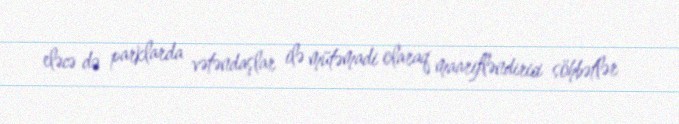
eləcə də parklarda vətəndaşlar ilə mütəmadi olaraq maarifləndirici söhbətlər